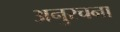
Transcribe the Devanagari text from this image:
अनुरचना